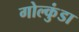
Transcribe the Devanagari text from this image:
गोल्कुंडा